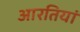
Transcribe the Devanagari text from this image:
आरतियां